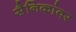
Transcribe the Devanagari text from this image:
सैनिकांवर